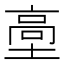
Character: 㙜